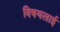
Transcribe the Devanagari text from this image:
विषयलाई